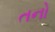
તનો